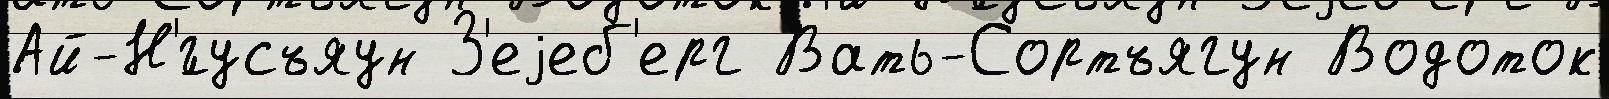
Ай-Н'́гусъяун З'еjеб'ерг Вать-Сортъягун Водоток